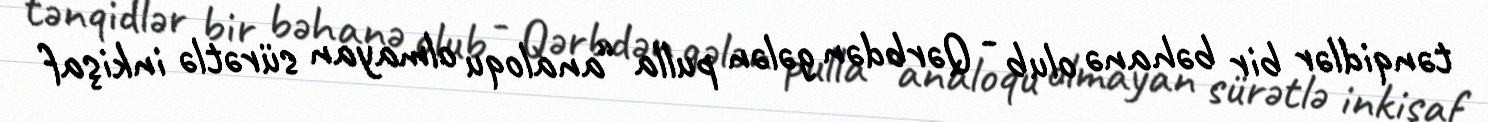
tənqidlər bir bəhanə olub - Qərbdən gələn pulla “analoqu olmayan sürətlə inkişaf